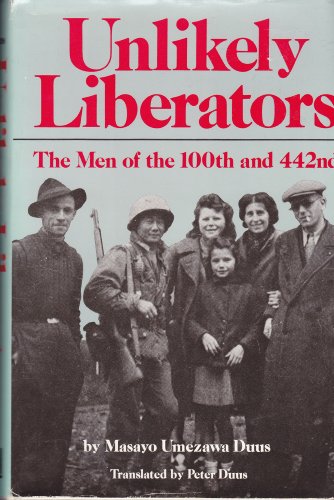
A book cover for Unlikely Liberators: The Men of the 100th and 442nd; Masayo Umezawa Duus; History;